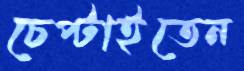
চেপ্‌টাইতেন